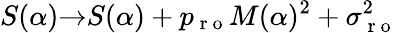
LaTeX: S(\alpha){\rightarrow}S(\alpha)+p_{\mathrm{~r~o~}}M(\alpha)^{2}+\sigma_{\mathrm{~r~o~}}^{2}